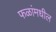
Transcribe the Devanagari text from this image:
फळांमधील